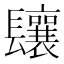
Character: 𨳃